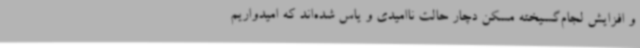
و افزایش لجام‌گسیخته مسکن دچار حالت ناامیدی و یاس شده‌اند که امیدواریم